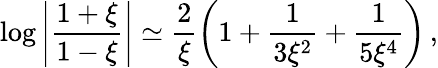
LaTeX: \log\left|\frac{1+\xi}{1-\xi}\right|\simeq\frac{2}{\xi}\left(1+\frac{1}{3\xi^{2}}+\frac{1}{5\xi^{4}}\right)\, ,